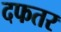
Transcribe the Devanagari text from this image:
दफतर